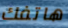
هاتفك